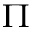
\Pi